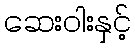
ဆေးဝါးနှင့်